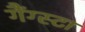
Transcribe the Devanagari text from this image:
गैंग्स्टा